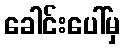
ခေါင်းပေါ်မှ